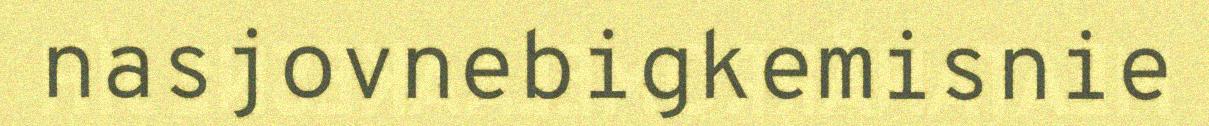
nasjovnebigkemisnie